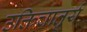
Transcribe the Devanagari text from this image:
उक्तिचातुर्य